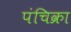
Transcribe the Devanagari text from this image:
पंचिक्रा